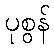
ပုစွန်